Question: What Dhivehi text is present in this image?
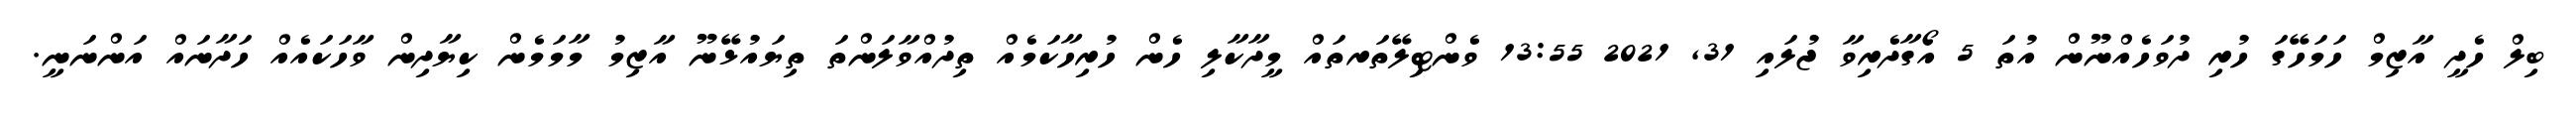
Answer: ބިލް ހެދީ އާޒިމް ހަމަހޭގަ ހުރި ދުވަހެއްނޫން އުތަ 5 އޯގާދެރިވާ ޖުލައި 31, 2021 13:55 ވެންޓިލޭތަރތައް މީދާކާލި ހެން ހުރިހާކަމެއް ތިދުއްވާލަންތަ ތިޔައުޅޭނޫ އާޒިމު މާމަމެން ކިޔާދިން ވާހަކައެއް ހަދާނައް އަންނަނީ.